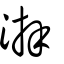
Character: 湃